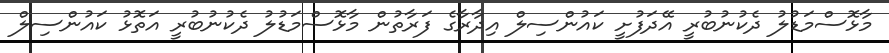
މާޅޮސްމަޑުލު ދެކުނުބުރީ އޭދަފުށީ ކައުންސިލް އިދާރާގެ ފަރާތުން މާޅޮސްމަޑުލު ދެކުނުބުރީ އަތޮޅު ކައުންސިލް